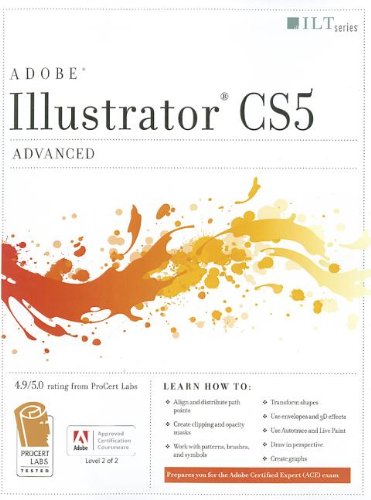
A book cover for Illustrator CS5: Advanced: Ace Edition (Ilt); Computers & Technology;